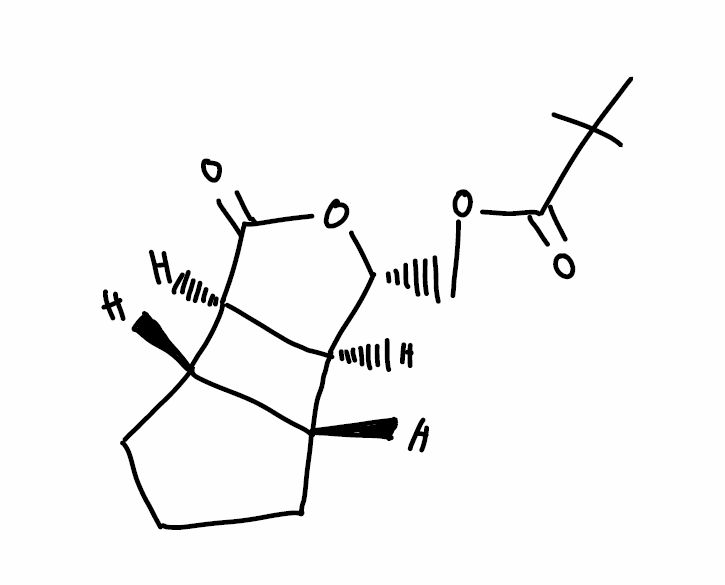
Simplified molecular-input line-entry system (SMILES) notation of the given molecule:
C[C@]12[C@@H]3CCC[C@@H]3[C@H]1C(=O)O[C@@H]2COC(=O)C(C)(C)C